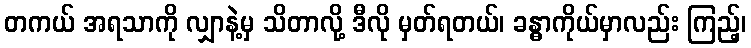
တကယ် အရသာကို လျှာနဲ့မှ သိတာလို့ ဒီလို မှတ်ရတယ်၊ ခန္ဓာကိုယ်မှာလည်း ကြည့်၊